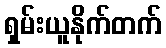
ရှမ်းယူနိုက်တက်